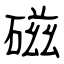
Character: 磁